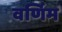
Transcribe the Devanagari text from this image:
वर्णिम